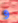
و